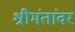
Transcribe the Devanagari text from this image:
श्रीमंतांवर